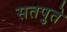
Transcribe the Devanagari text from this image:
सतपुते